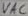
Text: VAC